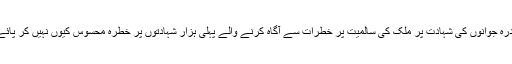
پندرہ جوانوں کی شہادت پر مُلک کی سالمیت پر خطرات سے آگاہ کرنے والے پہلی ہزار شہادتوں پر خطرہ محسوس کیوں نہیں کر پائے؟